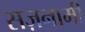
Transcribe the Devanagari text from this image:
सज़नामी